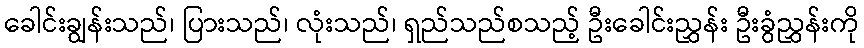
ခေါင်းချွန်းသည်၊ ပြားသည်၊ လုံးသည်၊ ရှည်သည်စသည့် ဦးခေါင်းညွှန်း ဦးခွံညွှန်းကို